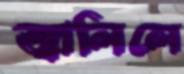
জ্বালিলে